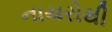
નાયરોથી